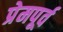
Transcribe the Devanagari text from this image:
प्रेमपूर्व